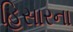
હિસારના